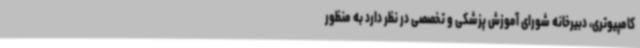
کامپیوتری، دبیرخانه شورای آموزش پزشکی و تخصصی در نظر دارد به منظور